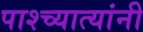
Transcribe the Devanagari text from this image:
पाश्च्यात्यांनी